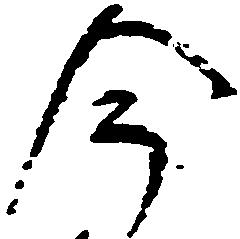
今